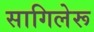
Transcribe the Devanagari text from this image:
सागिलेरू